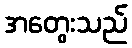
အတွေးသည်